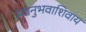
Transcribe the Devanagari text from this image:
स्वानुभवाशिवाय